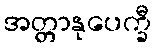
အတ္တာနုပေက္ခီ